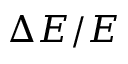
\Delta E / E